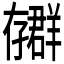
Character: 𫲳